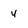
Character: 4